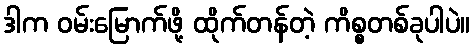
ဒါက ဝမ်းမြောက်ဖို့ ထိုက်တန်တဲ့ ကိစ္စတစ်ခုပါပဲ။